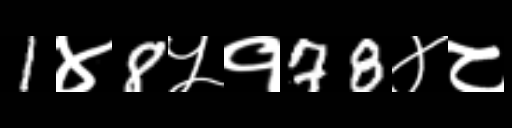
Text: 1४8५१78४८